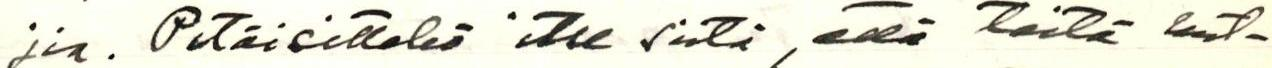
jia. Pitäisittekö itse siitä, että teitä kut-